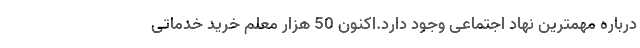
درباره مهمترین نهاد اجتماعی وجود دارد.اکنون 50 هزار معلم خرید خدماتی